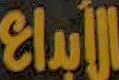
الأبداع